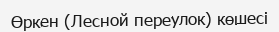
Өркен (Лесной переулок) көшесі